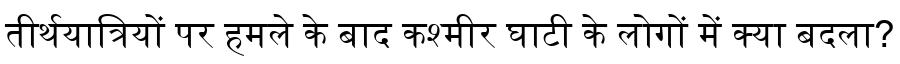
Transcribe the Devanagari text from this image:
तीर्थयात्रियों पर हमले के बाद कश्मीर घाटी के लोगों में क्या बदला?